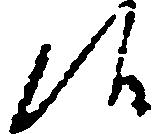
候